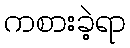
ကစားခဲ့ရာ